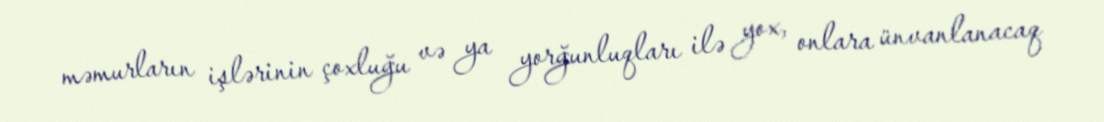
məmurların işlərinin çoxluğu və ya yorğunluqları ilə yox, onlara ünvanlanacaq